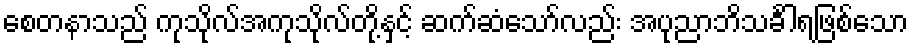
စေတနာသည် ကုသိုလ်အကုသိုလ်တို့နှင့် ဆက်ဆံသော်လည်း အပုညာဘိသင်္ခါရဖြစ်သော